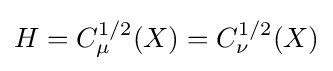
H=C_{\mu }^{1/2}(X)=C_{\nu }^{1/2}(X)